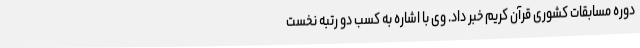
دوره مسابقات کشوری قرآن کریم خبر داد. وی با اشاره به کسب دو رتبه نخست